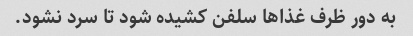
به دور ظرف غذا‌ها سلفن کشیده شود تا سرد نشود.